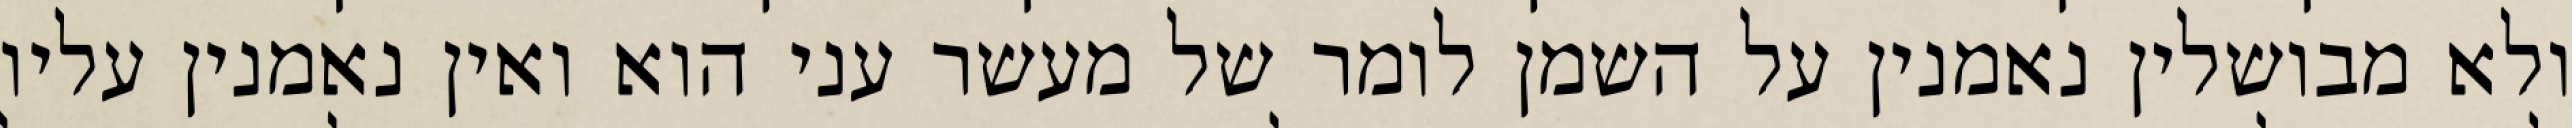
ולא מבושלין נאמנין על השמן לומר של מעשר עני הוא ואין נאמנין עליו